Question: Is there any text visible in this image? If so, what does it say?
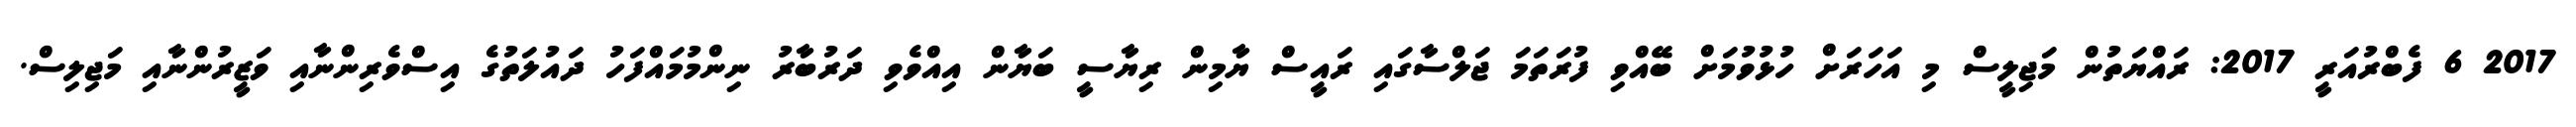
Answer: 2017 6 ފެބްރުއަރީ 2017: ރައްޔަތުން މަޖިލީސް މި އަހަރަށް ހުޅުވުމަށް ބޭއްވި ފުރަތަމަ ޖަލްސާގައި ރައީސް ޔާމިން ރިޔާސީ ބަޔާން އިއްވެވި ދަރުބާރު ނިންމުމައްފަހު ދައުލަތުގެ އިސްވެރިންނާއި ވަޒީރުންނާއި މަޖިލިސް.